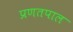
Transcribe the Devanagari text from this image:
प्रणतपाल